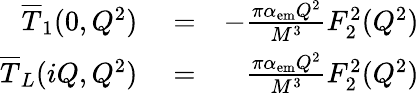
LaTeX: \begin{array}{rlr}{\overline{T}_{1}(0,Q^{2})}&{{}=}&{-\frac{\pi\alpha_{\mathrm{em}}Q^{2}}{M^{3}}F_{2}^{2}(Q^{2})}\\ {\overline{T}_{L}(iQ,Q^{2})}&{{}=}&{\frac{\pi\alpha_{\mathrm{em}}Q^{2}}{M^{3}}F_{2}^{2}(Q^{2})}\end{array}